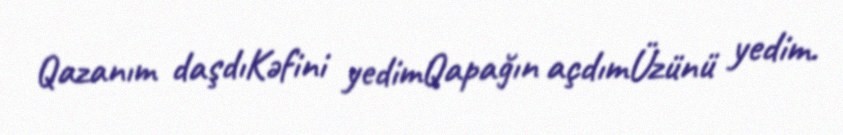
Qazanım daşdıKəfini yedimQapağın açdımÜzünü yedim.